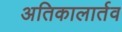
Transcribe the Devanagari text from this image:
अतिकालार्तव